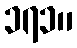
၁၇၁။